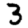
Digit: 3